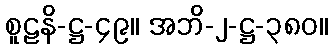
စူဠနိ-ဋ္ဌ-၄၉။ အဘိ-၂-ဋ္ဌ-၃၈၀။